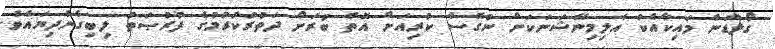
ގޯލްޑަން މައިކާއެކު އެލިމިނޭޝަނަކަށް ނުގޮސް ކުރިއަށް އޮތް ބުރަށް ދަތުރުކުރުމުގެ ފުރުޞަތު ލިބިގެންދިޔައެވެ.